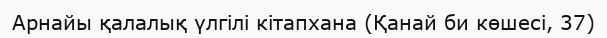
Арнайы қалалық үлгілі кітапхана (Қанай би көшесі, 37)